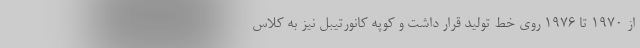
از 1970 تا 1976 روی خط تولید قرار داشت و کوپه کانورتیبل نیز به کلاس